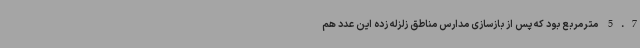
5.7 مترمربع بود که پس از بازسازی مدارس مناطق زلزله زده این عدد هم